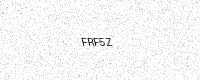
Text: FRF5Z